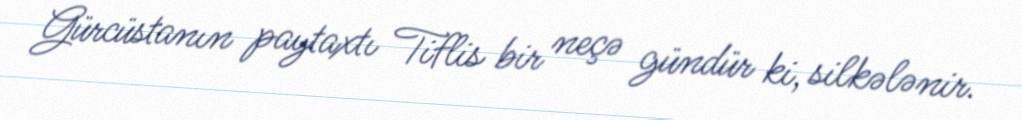
Gürcüstanın paytaxtı Tiflis bir neçə gündür ki, silkələnir.